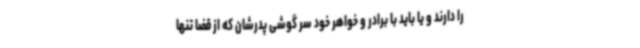
را دارند و یا باید با برادر و خواهر خود سر گوشی پدرشان که از قضا تنها